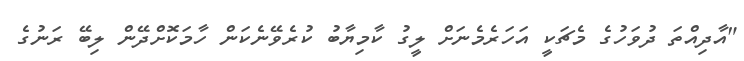
"އާދިއްތަ ދުވަހުގެ މެޗަކީ އަހަރެމެނަށް ލީގު ކާމިޔާބު ކުރެވޭނެކަން ހާމަކޮށްދޭން ލިބޭ ރަނުގެ